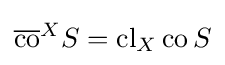
{\overline {\operatorname {co} }}^{X}S=\operatorname {cl} _{X}\operatorname {co} S